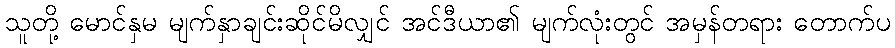
သူတို့ မောင်နှမ မျက်နှာချင်းဆိုင်မိလျှင် အင်ဒီယာ၏ မျက်လုံးတွင် အမှန်တရား တောက်ပ